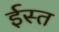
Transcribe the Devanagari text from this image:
ईस्त